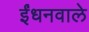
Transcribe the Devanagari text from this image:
ईंधनवाले